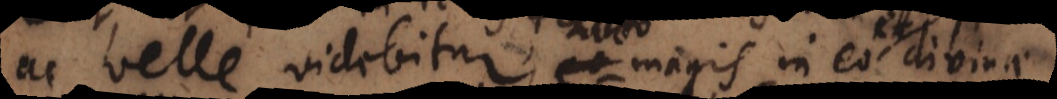
ac velle videbitur, tanto magis in eo et divinae